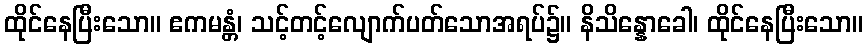
ထိုင်နေပြီးသော။ ဧကမန္တံ၊ သင့်တင့်လျောက်ပတ်သောအရပ်၌။ နိသိန္နောခေါ၊ ထိုင်နေပြီးသော။